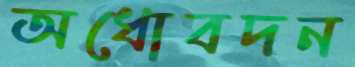
অধোবদন